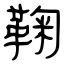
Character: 鞠